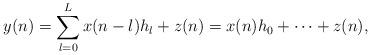
LaTeX: \begin{align*} y(n)&=\sum_{l=0}^{L} x(n-l) h_l + z(n)= x(n) h_0 + \cdots +z(n), \end{align*}